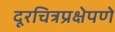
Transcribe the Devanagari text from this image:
दूरचित्रप्रक्षेपणे